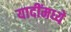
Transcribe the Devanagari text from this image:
यादींमध्ये